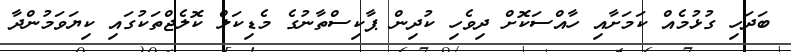
ބަދަހި ގުޅުމެއް ކަމަށާއި ހާއްސަކޮށް ދިވެހި ކުދިން ޕާކިސްތާނުގެ މެޑިކަލް ކޮލެޖްތަކުގައި ކިޔަވަމުންދާ